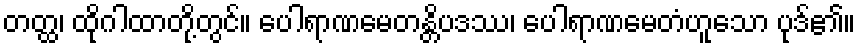
တတ္ထ၊ ထိုဂါထာတို့တွင်။ ပေါရာဏမေတန္တိပဒဿ၊ ပေါရာဏမေတံဟူသော ပုဒ်၏။